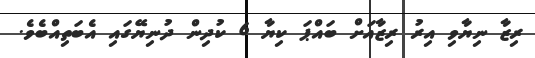
ރިޒާ ނިޔާވި އިރު ރިޒާއަށް ބައްޕަ ކިޔާ 6 ކުދިން ދުނިޔޭގައި އެބަތިއްބެވެ.